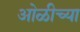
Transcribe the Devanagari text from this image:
ओळीच्या